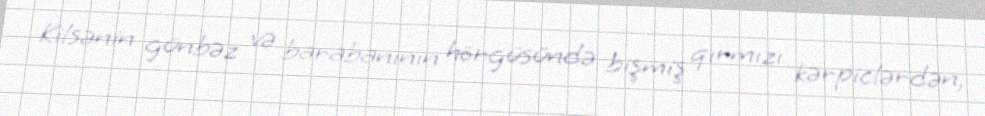
Kilsənin günbəz və barabanının hörgüsündə bişmiş qırmızı kərpiclərdən,